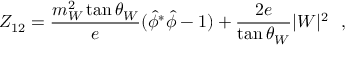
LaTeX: Z _ { 1 2 } = \frac { m _ { W } ^ { 2 } \tan \theta _ { W } } { e } ( { \hat { \phi } } ^ { * } \hat { \phi } - 1 ) + \frac { 2 e } { \tan \theta _ { W } } | W | ^ { 2 } ~ ~ ,